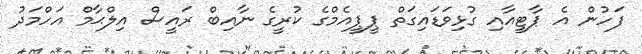
ފަހުން އެ ޕާޓީއާއި ގުޅިވަޑައިގަތް ޕީޕީއެމްގެ ކުރީގެ ނާއިބް ރައީސް އިލްޙާމް އަހްމަދު